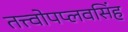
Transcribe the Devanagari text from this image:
तत्त्वोपप्लवसिंह